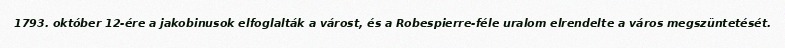
1793. október 12-ére a jakobinusok elfoglalták a várost, és a Robespierre-féle uralom elrendelte a város megszüntetését.